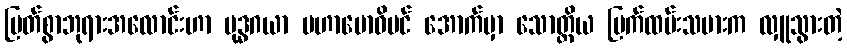
မြတ်စွာဘုရားအလောင်းဟာ ဗုဒ္ဓဂယာ မဟာဗောဓိပင် အောက်မှာ သောတ္ထိယ မြက်ထမ်းသမားက လှူသွားတဲ့